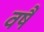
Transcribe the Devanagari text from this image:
वर्षै